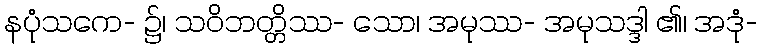
နပုံသကေ- ၌၊ သဝိဘတ္တိဿ- သော၊ အမုဿ- အမုသဒ္ဒါ ၏၊ အဒုံ-